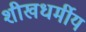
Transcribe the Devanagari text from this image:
शीखधर्मीय